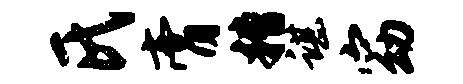
氏膏糟谌窈